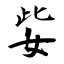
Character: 姕